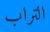
التراب